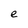
Character: e